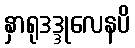
နှာရုဒဒ္ဒုလေနပိ